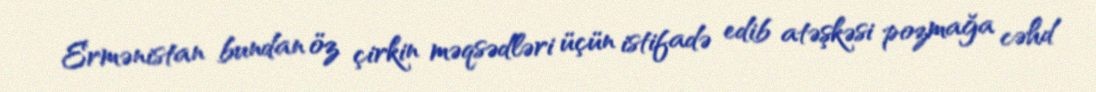
Ermənistan bundan öz çirkin məqsədləri üçün istifadə edib atəşkəsi pozmağa cəhd